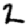
Digit: 2